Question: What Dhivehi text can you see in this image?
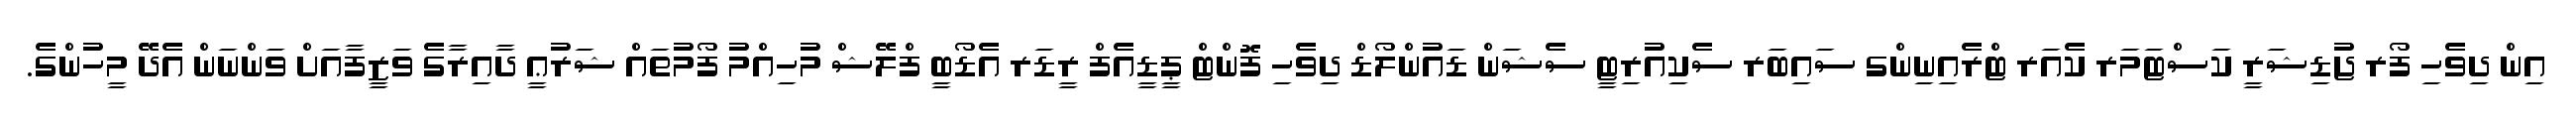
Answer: އިން ދިވެހި ފޯރ ޖުޑިޝަރީ ކަސްޓަމަރ ކެއަރ ޓްރެއިނިންގ ސައިބަރ ސެކިއުރިޓީ ސެޝަން ޑައުންލޯޑް ދިވެހި ފޮންޓް ޕީޑީއެފް ރީޑަރ އެޑޯބީ ފްލޭޝް މުހިއްމު ފޯމުތައް ޝަރުޢީ ދާއިރާގެ ވަޒީފާއަށް ވަންނަން އެދޭ މީހުންގެ.